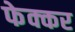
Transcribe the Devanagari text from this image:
फेक्कर